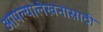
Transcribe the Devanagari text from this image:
आपल्यालेखनासाठी